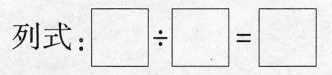
列式：$$\Box \div \Box = \Box$$